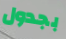
بجدول